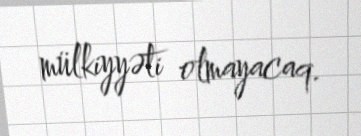
mülkiyyəti olmayacaq.